Lunatic asylums Central Provinces reports 1886-1894 - 1886-1894
Year: 1886
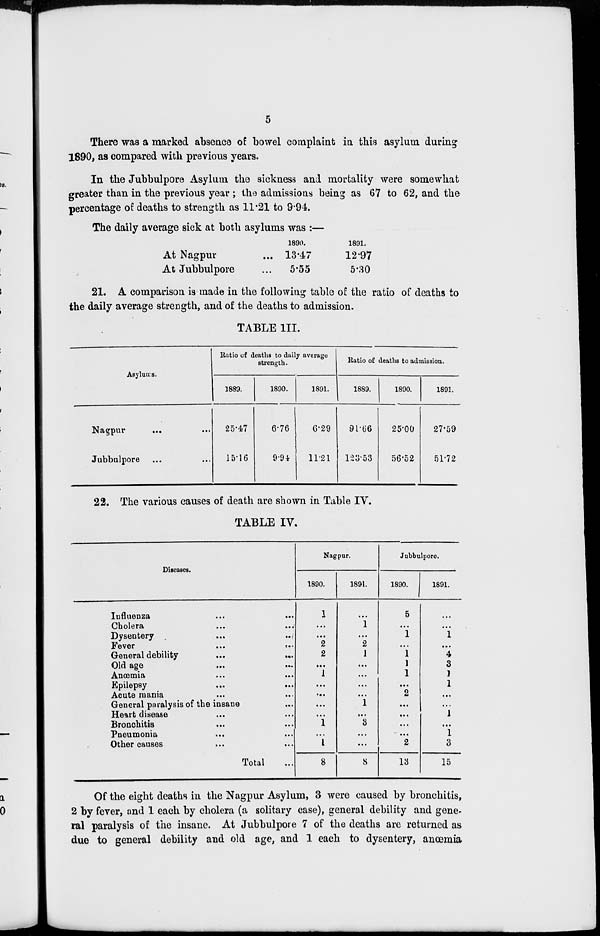
5
There was a marked absence of bowel complaint in this asylum during
1890, as compared with previous years.
In the Jubbulpore Asylum the sickness and mortality were somewhat
greater than in the previous year ; the admissions being as 67 to 62, and the
percentage of deaths to strength as 11.21 to 9.94.
The daily average sick at both asylums was :—
At Nagpur ...
At Jubbulpore ...
1890.
13.47
5.55
1891.
12.97
5.30
21. A comparison is made in the following table of the ratio of deaths to
the daily average strength, and of the deaths to admission.
TABLE III.
Asylums.
Nagpur
...
Jubbulpore ...
Ratio of deaths to daily average
strength.
1889.
25.47
15.16
1890.
6.76
9.94
1891.
6.29
11.21
Ratio of deaths to admission.
1889.
91.66
123.53
1890.
25.00
56.52
1891.
27.59
51.72
22. The various causes of death are shown in Table IV.
TABLE IV.
Diseases.
Influenza
...
...
Cholera ... ...
Dysentery ... ...
Fever
...
...
General debility ... ...
Old age ... ...
Anœmia ... ...
Epilepsy ... ...
Acute mania ... ...
General paralysis of the insane ...
Heart disease ... ...
Bronchitis ... ...
Pneumonia ... ...
Other causes ... ...
Total ...
Nagpur.
1890.
1
...
...
2
2
...
1
...
...
...
...
1
...
1
8
1891.
...
1
...
2
1
...
...
...
...
1
...
3
...
...
8
Jubbulpore.
1890.
5
...
1
...
1
1
1
...
2
...
...
...
...
2
13
1891.
...
...
1
...
4
3
1
1
...
...
1
...
1
3
15
Of the eight deaths in the Nagpur Asylum, 3 were caused by bronchitis,
2 by fever, and 1 each by cholera (a solitary case), general debility and gene-
ral paralysis of the insane. At Jubbulpore 7 of the deaths are returned as
due to general debility and old age, and 1 each to dysentery, anœmia